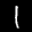
Label: 1